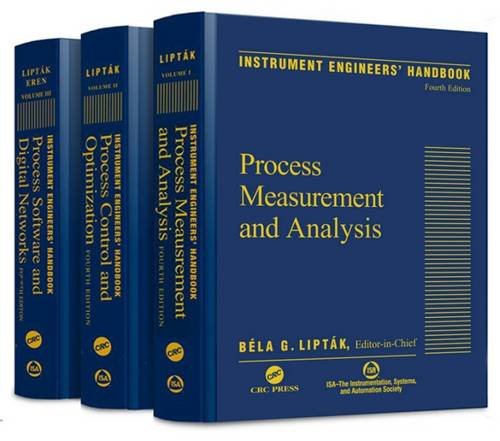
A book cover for Instrument Engineers Handbook, Fourth Edition, Three Volume Set; Bela G. Liptak; Engineering & Transportation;